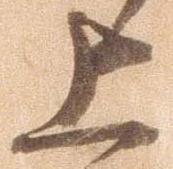
上